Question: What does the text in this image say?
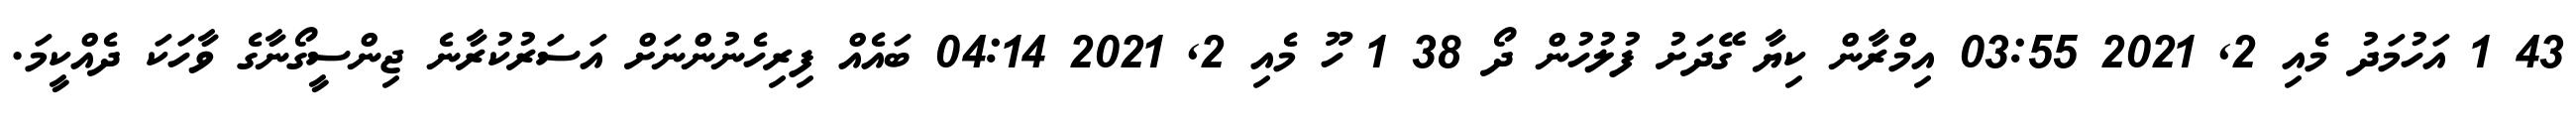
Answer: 43 1 އަހުމަދު މެއި 2, 2021 03:55 އިމްރާން ކިޔާ ގޭދަށު ފުލުހުން ދޯ 38 1 ހޫ މެއި 2, 2021 04:14 ބައެއް ފިރިހެނުންނަށް އަސަރުކުރާނެ ޖިންސީގޯނާގެ ވާހަކަ ދެއްކީމަ.